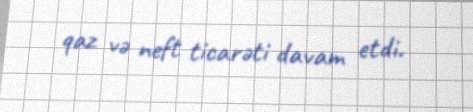
qaz və neft ticarəti davam etdi.